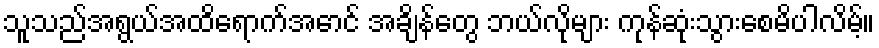
သူသည်အရွယ်အထိရောက်အောင် အချိန်တွေ ဘယ်လိုများ ကုန်ဆုံးသွားစေမိပါလိမ့်။